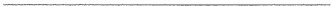
___